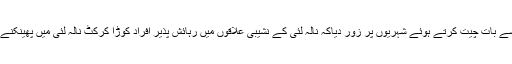
مینجنگ ڈائریکٹر واسا راجہ شوکت محمود نے اے پی پی سے بات چیت کرتے ہوئے شہریوں پر زور دیاکہ نالہ لئی کے نشیبی علاقوں میں رہائش پذیر افراد کوڑا کرکٹ نالہ لئی میں پھینکنے سے گریز کریں تاکہ نالہ لئی کی روانی برقرار رہ سکے ۔